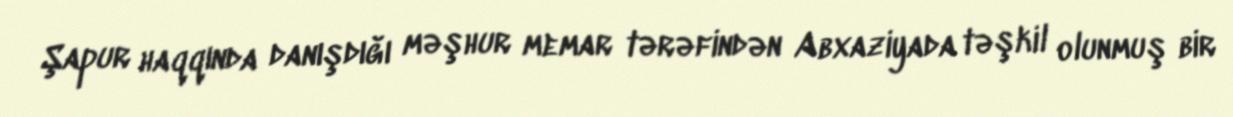
Şapur haqqında danışdığı məşhur memar tərəfindən Abxaziyada təşkil olunmuş bir